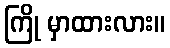
ကြို မှာထားလား။